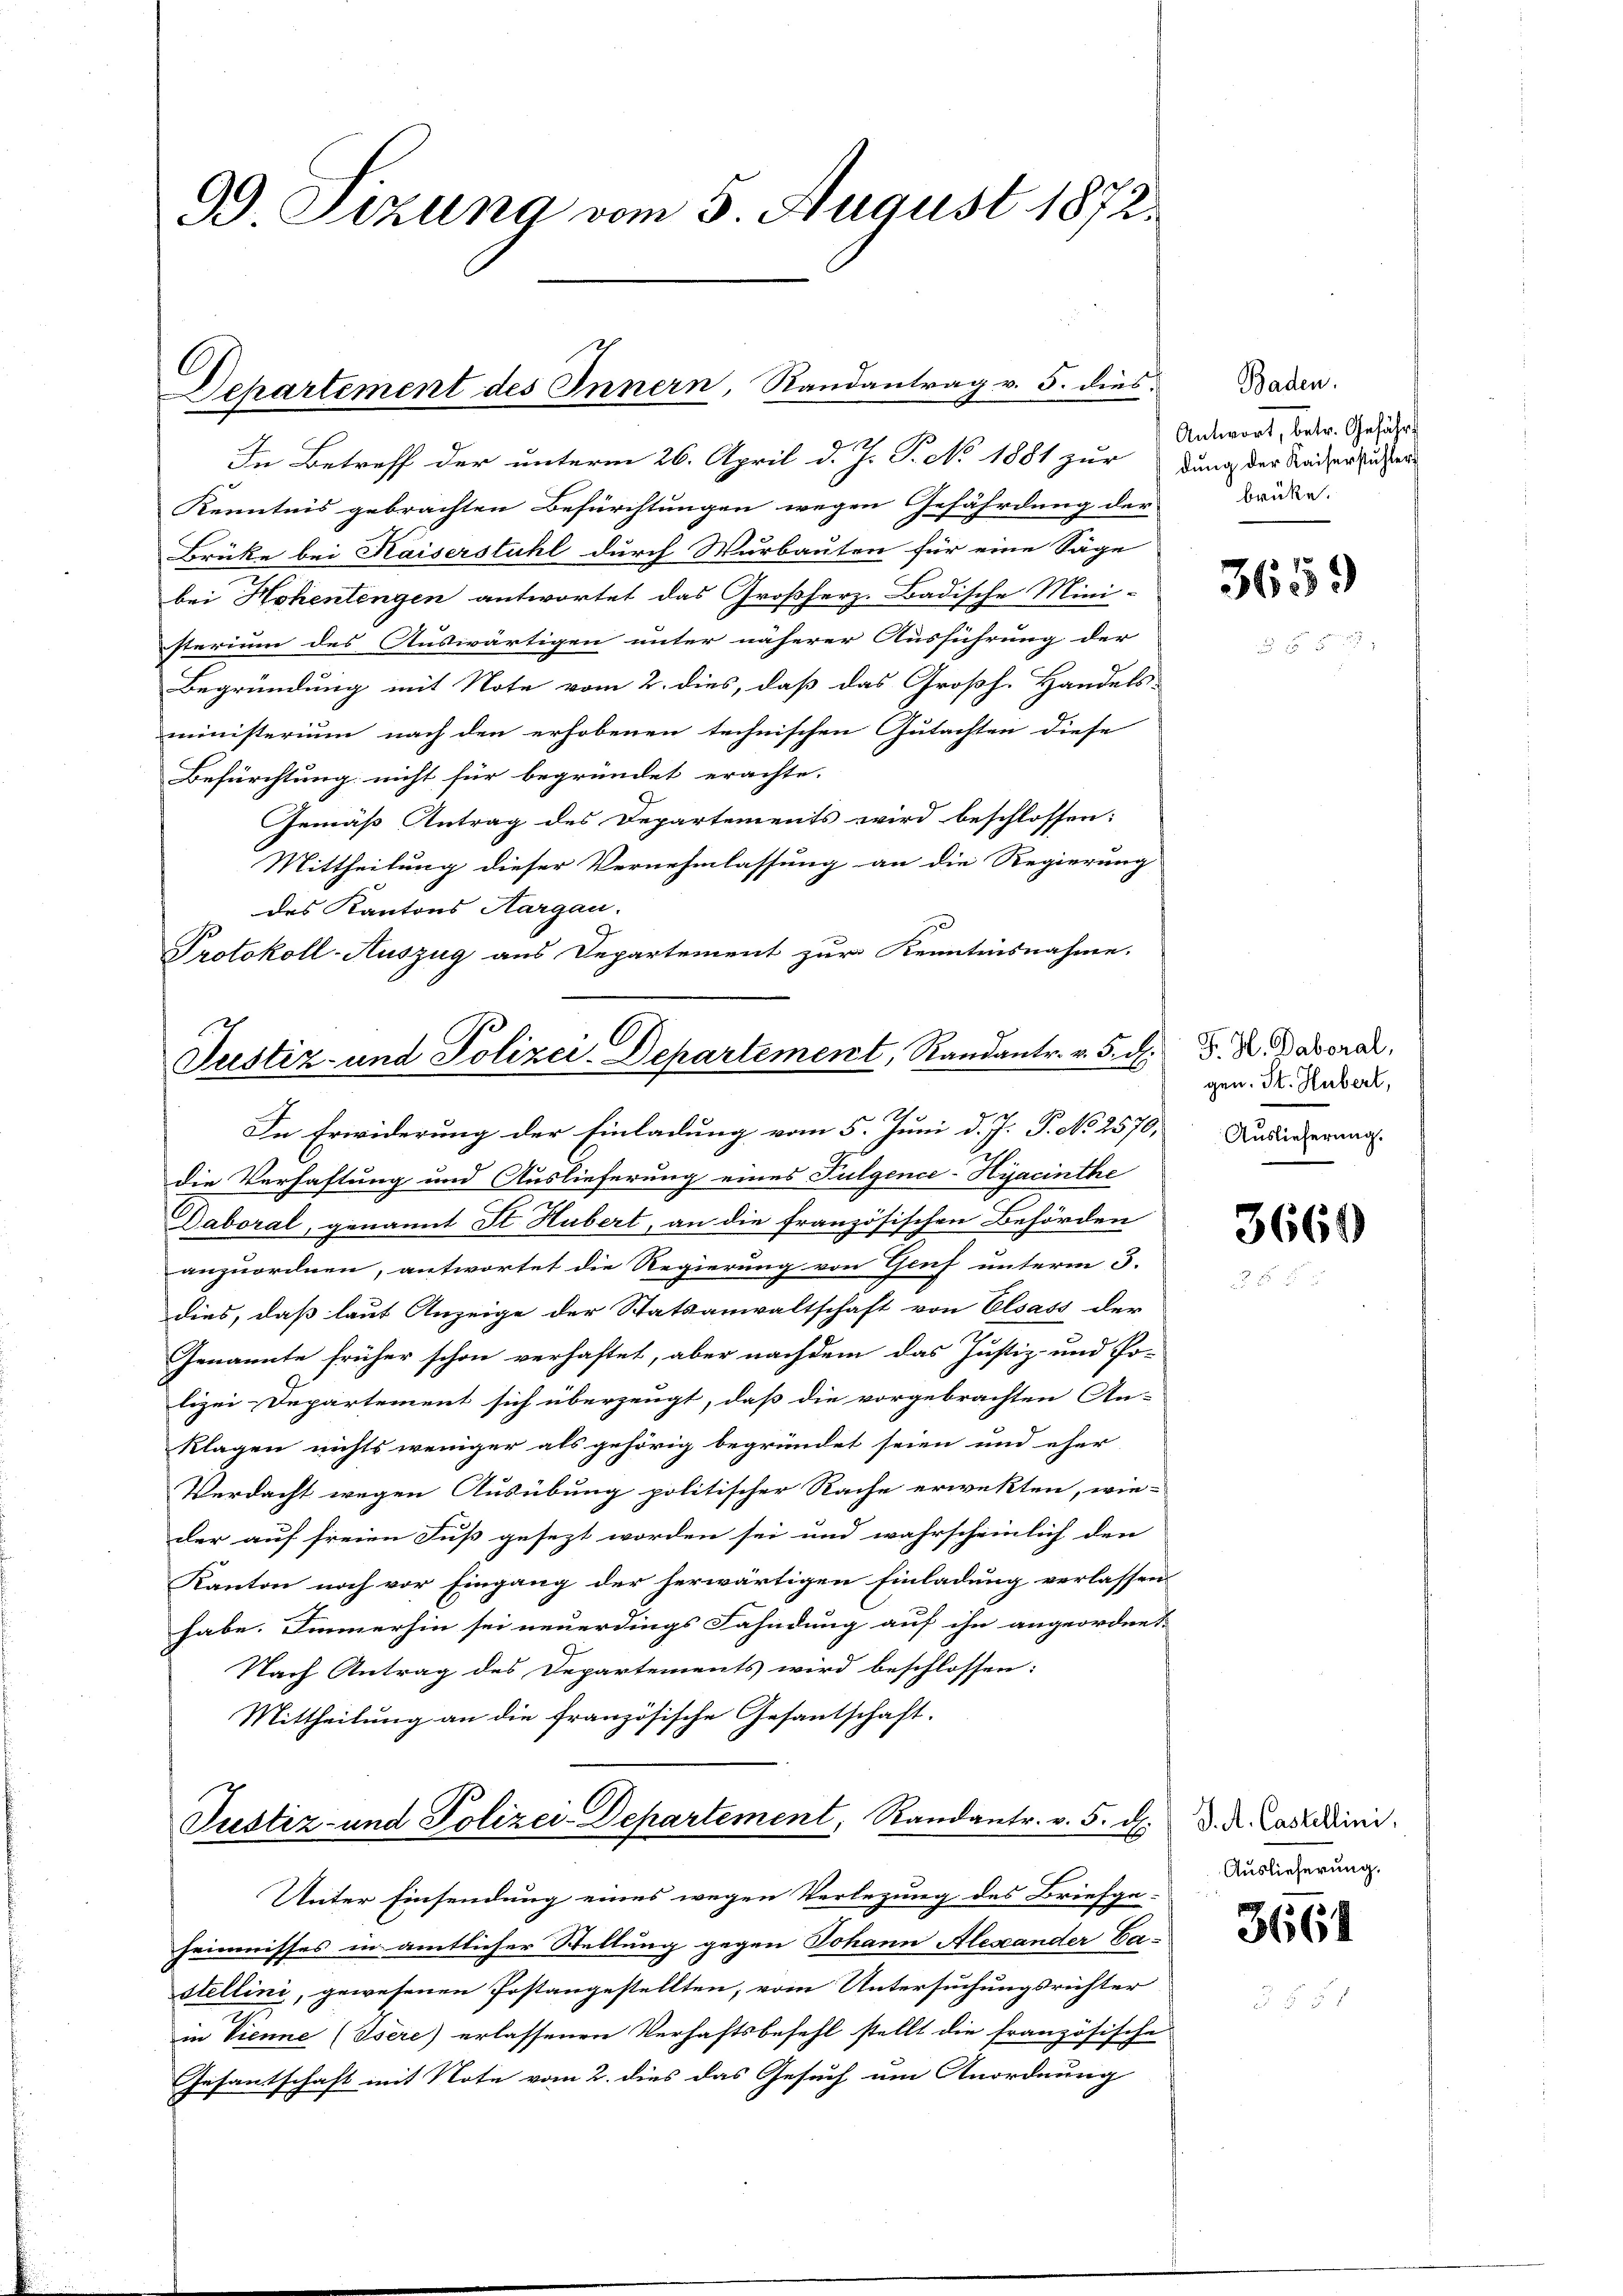
Gd. Sizung vom 5. August 1872.

C
Departement des Innern, Randantrag v. 5. dies

In Betreff der unterm 26. April d. J. P. No 1881 zur Dung der Kaisersuchen
Kenntnis gebrachten Befürchtungen wegen Gefährdung der
Brücke bei Kaiserstuhl durch Wurbauten für eine Säge
bei Hohentengen antwortet das Großherz. Badische Mini-
sterium des Auswärtigen unter näherer Ausführung der
Begründung mit Note vom 2. dies, daß das Großh. Handels
ministerium nach den erhobenen technischen Gutachten diese
Befürchtung nicht für begründet erachte.
Gemäß Antrag des Departements wird beschlossen:
Mittheilung dieser Vernehmlassung an die Regierung
des Kantons Aargau.
Protokoll-Auszug aus Departement zur Kenntnisnahme.

Justiz- und Polizei-Departement, Randantr. v. 5. d.

In Erwiderung der Einladung vom 5. Juni d. J. P. No 2570,
die Verhaftung und Auslieferung eines Fulgence-Hijacinthe
Daboral, genannt St. Hubert, an die französischen Behörden
anzuordnen, antwortet die Regierung von Genf unterm 3.
dies, daß laut Anzeige der Statsanwaltschaft von Elsass der
Genannte früher schon verhaftet, aber nachdem das Justiz- und Po-
lizei-Departement sich überzeugt, daß die vorgebrachten An-
Klagen nichts weniger als gehörig begründet seien und eher
Verdacht wegen Ausübung politischer Rache erwekten, wie-
der auf freien Fuß gesezt worden sei und wahrscheinlich den
Kanton noch vor Eingang der herwärtigen Einladung verlassen
habe. Immerhin sei neuerdings Fahndung auf ihn angeordnet.
Nach Antrag des Departements wird beschlossen:
Mittheilung an die französische Gesantschaft.
Justiz- und Polizei-Departement, Randantr. v. 5. d.
Unter Einsendung eines wegen Verlegung des Briefge-
heimnisses in amtlicher Stellung gegen Johann Alexander Ca-
stellini, gewesenen Postangestellten, vom Untersuchungsrichter
in Vienne (Isere) erlassenen Verhaftsbefehl stellt die französische
Gesamtschaft mit Note vom 2. dies das Gesuch um Anordnung

Baden.
Antwort, betr. Geführ
brüke.

3659

F. H. Daboral,
gen. St. Hubert,
Auslieferung.

3661

J. A. Castellini,
Auslieferung.

3661